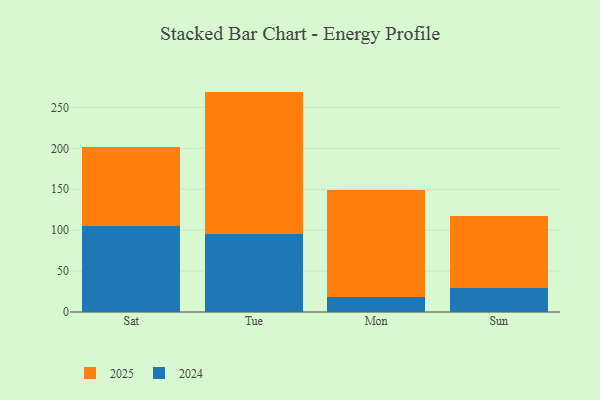
{"axis": {"x": "Day", "y": "Tickets Resolved"}, "legend": ["2024", "2025"], "data": [{"x": "Sat", "y": 104.7, "type": "2024"}, {"x": "Sat", "y": 96.6, "type": "2025"}, {"x": "Tue", "y": 95.5, "type": "2024"}, {"x": "Tue", "y": 173.8, "type": "2025"}, {"x": "Mon", "y": 18.5, "type": "2024"}, {"x": "Mon", "y": 130.4, "type": "2025"}, {"x": "Sun", "y": 29.9, "type": "2024"}, {"x": "Sun", "y": 87.2, "type": "2025"}]}